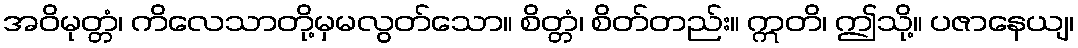
အဝိမုတ္တံ၊ ကိလေသာတို့မှမလွတ်သော။ စိတ္တံ၊ စိတ်တည်း။ ဣတိ၊ ဤသို့။ ပဇာနေယျ၊